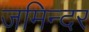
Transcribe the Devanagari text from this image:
जमिन्दर